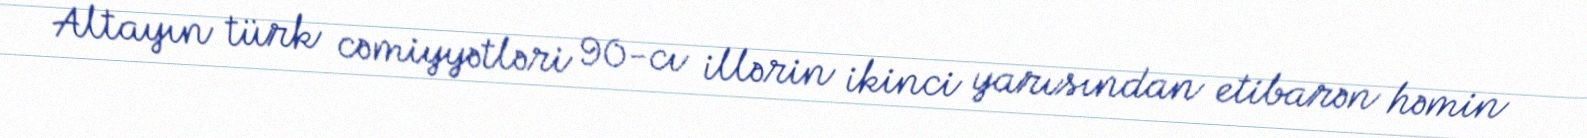
Altayın türk cəmiyyətləri 90-cı illərin ikinci yarısından etibarən həmin